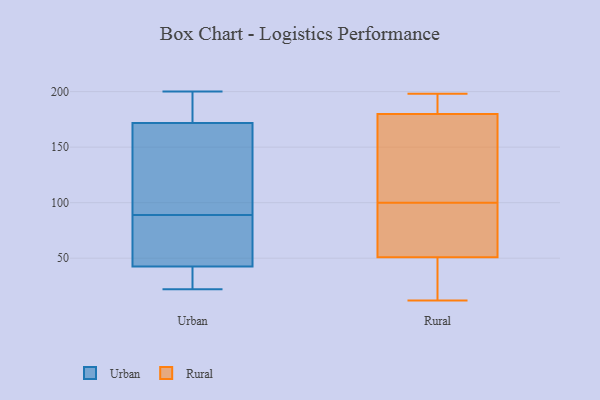
{"axis": {"x": "Market Share (%)", "y": "Value"}, "legend": ["Rural", "Urban"], "data": [{"x": "", "y": 99, "type": "Urban"}, {"x": "", "y": 200, "type": "Urban"}, {"x": "", "y": 47, "type": "Urban"}, {"x": "", "y": 60, "type": "Urban"}, {"x": "", "y": 25, "type": "Urban"}, {"x": "", "y": 185, "type": "Urban"}, {"x": "", "y": 68, "type": "Urban"}, {"x": "", "y": 184, "type": "Urban"}, {"x": "", "y": 23, "type": "Urban"}, {"x": "", "y": 22, "type": "Urban"}, {"x": "", "y": 89, "type": "Urban"}, {"x": "", "y": 197, "type": "Urban"}, {"x": "", "y": 135, "type": "Urban"}, {"x": "", "y": 132, "type": "Urban"}, {"x": "", "y": 41, "type": "Urban"}, {"x": "", "y": 25, "type": "Rural"}, {"x": "", "y": 44, "type": "Rural"}, {"x": "", "y": 152, "type": "Rural"}, {"x": "", "y": 123, "type": "Rural"}, {"x": "", "y": 34, "type": "Rural"}, {"x": "", "y": 184, "type": "Rural"}, {"x": "", "y": 58, "type": "Rural"}, {"x": "", "y": 198, "type": "Rural"}, {"x": "", "y": 93, "type": "Rural"}, {"x": "", "y": 179, "type": "Rural"}, {"x": "", "y": 182, "type": "Rural"}, {"x": "", "y": 100, "type": "Rural"}, {"x": "", "y": 53, "type": "Rural"}, {"x": "", "y": 12, "type": "Rural"}, {"x": "", "y": 189, "type": "Rural"}, {"x": "", "y": 100, "type": "Rural"}, {"x": "", "y": 81, "type": "Rural"}]}